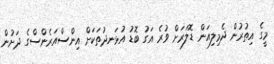
މީގެ އިތުރުން ދެމިލިއަން ޑޮލަރަށް ވުރެ އަގު ބޮޑު އުޅަނދުތަކަށް އިންސްއަރެންސްގެ ދަށުން